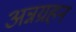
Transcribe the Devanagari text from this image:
अन्नग्रहन